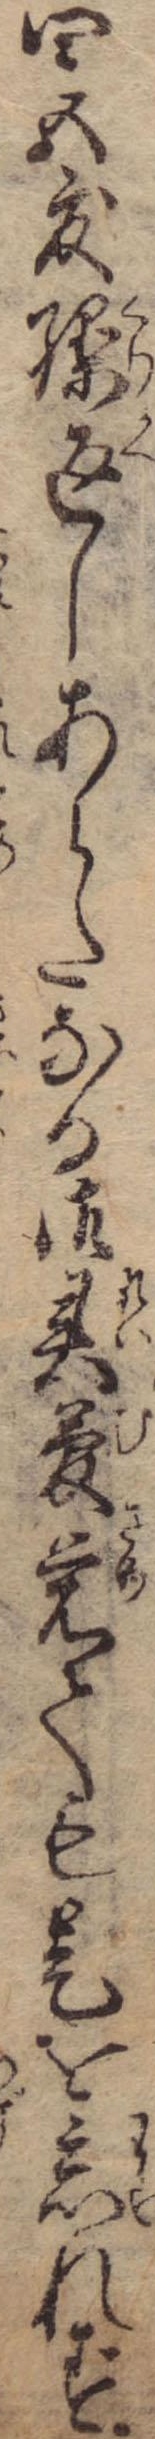
四五度繰返しあらたなる御霊夢覚ても是を忘れず